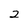
Character: 2